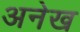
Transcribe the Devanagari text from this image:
अनेख